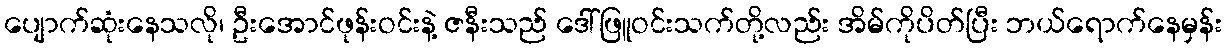
ပျောက်ဆုံးနေသလို၊ ဦးအောင်ဖုန်းဝင်းနဲ့ ဇနီးသည် ဒေါ်ဖြူဝင်းသက်တို့လည်း အိမ်ကိုပိတ်ပြီး ဘယ်ရောက်နေမှန်း